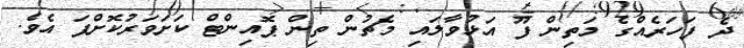
ދެ ފަހަރެއްގެ މަތިން ފޫ އަޅުވާލައި މެޗުން ތިން ޕޮއިންޓް ކަށަވަރުކޮށްފަ އެވެ.